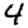
Digit: 4